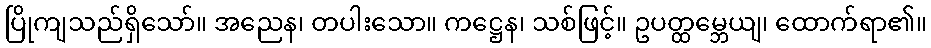
ပြိုကျသည်ရှိသော်။ အညေန၊ တပါးသော။ ကဋ္ဌေန၊ သစ်ဖြင့်။ ဥပတ္ထမ္ဘေယျ၊ ထောက်ရာ၏။